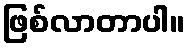
ဖြစ်လာတာပါ။